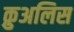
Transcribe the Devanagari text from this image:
क़ुअलिस